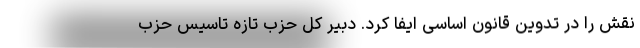
نقش را در تدوین قانون اساسی ایفا کرد. دبیر کل حزب تازه تاسیس حزب